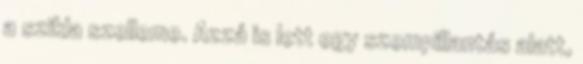
a szikla szelleme. Azzá is lett egy szempillantás alatt,